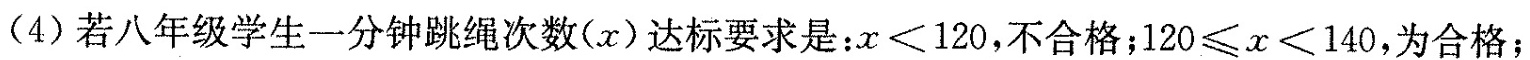
(4)若八年级学生一分钟跳绳次数(x)达标要求是：$$x < 1 2 0$$，不合格；$$1 2 0 ≤ x < 1 4 0$$，为合格；